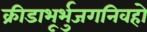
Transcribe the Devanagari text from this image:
क्रीडाभूर्भुजगनिवहो